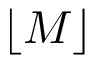
\lfloor M \rfloor